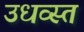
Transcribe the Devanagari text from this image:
उधव्स्त